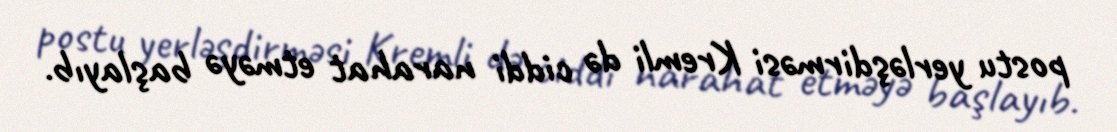
postu yerləşdirməsi Kremli də ciddi narahat etməyə başlayıb.